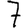
Digit: 7